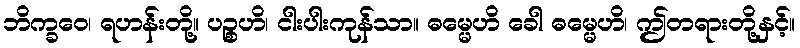
ဘိက္ခဝေ၊ ရဟန်းတို့။ ပဉ္စဟိ၊ ငါးပါးကုန်သာ။ ဓမ္မေဟိ ခေါ ဓမ္မေဟိ၊ ဤတရားတို့နှင့်။